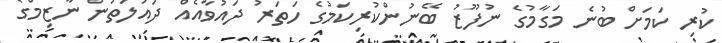
ކުރި ކަމަށް ބުނެ މަގާމުގެ ނުފޫޒު ބޭނުންކުރިކަމުގެ ހަތަރު ދައުވާއެއް ދައުލަތުން ނާޒިމްގެ